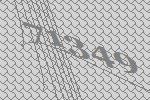
71349